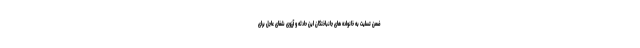
ضمن تسلیت به خانواده های جانباختگان این حادثه و آرزوی شفای عاجل برای